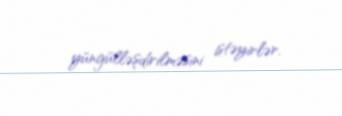
yüngülləşdirilməsini istəyirlər.